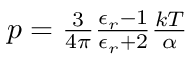
\begin{array} { r } { p = \frac { 3 } { 4 \pi } \frac { \epsilon _ { r } - 1 } { \epsilon _ { r } + 2 } \frac { k T } { \alpha } } \end{array}